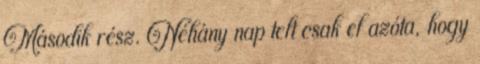
Második rész. Néhány nap telt csak el azóta, hogy